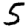
Digit: 5